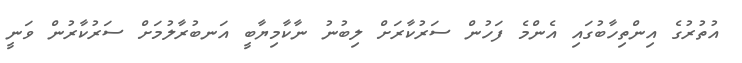
އުތުރުގެ އިންތިހާބުގައި އެންމެ ފަހުން ސަރުކާރަށް ލިބުނު ނާކާމިޔާބީ އަނބުރާލުމަށް ސަރުކާރުން ވަނީ